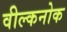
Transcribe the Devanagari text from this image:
वील्कनोक